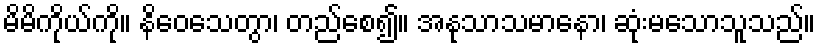
မိမိကိုယ်ကို။ နိဝေသေတွာ၊ တည်စေ၍။ အနုသာသမာနော၊ ဆုံးမသောသူသည်။